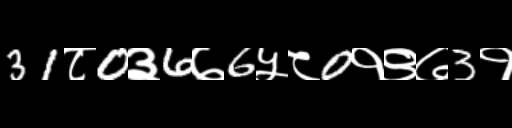
Text: 31८0३6७6५८0१९७3१